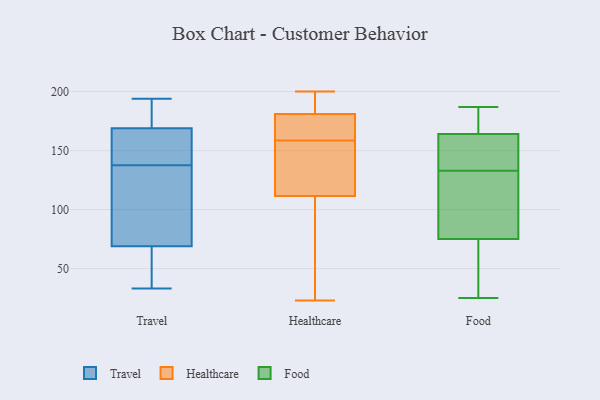
{"axis": {"x": "Page Views", "y": "Value"}, "legend": ["Food", "Healthcare", "Travel"], "data": [{"x": "", "y": 149, "type": "Travel"}, {"x": "", "y": 183, "type": "Travel"}, {"x": "", "y": 43, "type": "Travel"}, {"x": "", "y": 159, "type": "Travel"}, {"x": "", "y": 33, "type": "Travel"}, {"x": "", "y": 83, "type": "Travel"}, {"x": "", "y": 84, "type": "Travel"}, {"x": "", "y": 55, "type": "Travel"}, {"x": "", "y": 152, "type": "Travel"}, {"x": "", "y": 126, "type": "Travel"}, {"x": "", "y": 194, "type": "Travel"}, {"x": "", "y": 179, "type": "Travel"}, {"x": "", "y": 180, "type": "Healthcare"}, {"x": "", "y": 182, "type": "Healthcare"}, {"x": "", "y": 152, "type": "Healthcare"}, {"x": "", "y": 174, "type": "Healthcare"}, {"x": "", "y": 200, "type": "Healthcare"}, {"x": "", "y": 118, "type": "Healthcare"}, {"x": "", "y": 92, "type": "Healthcare"}, {"x": "", "y": 105, "type": "Healthcare"}, {"x": "", "y": 196, "type": "Healthcare"}, {"x": "", "y": 138, "type": "Healthcare"}, {"x": "", "y": 102, "type": "Healthcare"}, {"x": "", "y": 126, "type": "Healthcare"}, {"x": "", "y": 165, "type": "Healthcare"}, {"x": "", "y": 23, "type": "Healthcare"}, {"x": "", "y": 188, "type": "Healthcare"}, {"x": "", "y": 177, "type": "Healthcare"}, {"x": "", "y": 92, "type": "Food"}, {"x": "", "y": 129, "type": "Food"}, {"x": "", "y": 187, "type": "Food"}, {"x": "", "y": 154, "type": "Food"}, {"x": "", "y": 25, "type": "Food"}, {"x": "", "y": 25, "type": "Food"}, {"x": "", "y": 164, "type": "Food"}, {"x": "", "y": 137, "type": "Food"}, {"x": "", "y": 138, "type": "Food"}, {"x": "", "y": 120, "type": "Food"}, {"x": "", "y": 169, "type": "Food"}, {"x": "", "y": 30, "type": "Food"}, {"x": "", "y": 178, "type": "Food"}, {"x": "", "y": 173, "type": "Food"}, {"x": "", "y": 75, "type": "Food"}, {"x": "", "y": 91, "type": "Food"}, {"x": "", "y": 147, "type": "Food"}, {"x": "", "y": 40, "type": "Food"}]}